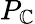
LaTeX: P_{\mathbb{C}}